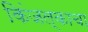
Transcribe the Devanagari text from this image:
किंजल्काचा